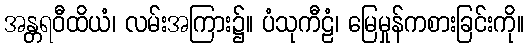
အန္တရဝီထိယံ၊ လမ်းအကြား၌။ ပံသုကီဠံ၊ မြေမှုန်ကစားခြင်းကို။